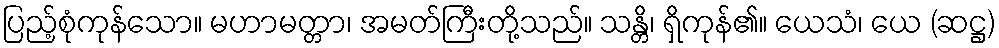
ပြည့်စုံကုန်သော။ မဟာမတ္တာ၊ အမတ်ကြီးတို့သည်။ သန္တိ၊ ရှိကုန်၏။ ယေသံ၊ ယေ (ဆဋ္ဌ)